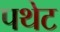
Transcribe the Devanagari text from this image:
पथेट